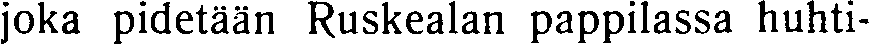
joka pidetään Ruskealan pappilassa huhti-